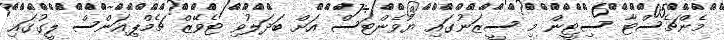
މެންޗެސްޓާ ސިޓީން މި ސީޒަނުގައި ޔުވެންޓަސް އަށް ބަދަލުވި ޓެވޭޒް ޗެމްޕިއަންސް ލީގުގައި